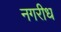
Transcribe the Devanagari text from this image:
नगरीध